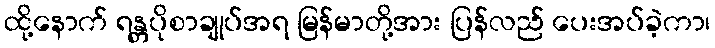
ထို့နောက် ရန္တပိုစာချုပ်အရ မြန်မာတို့အား ပြန်လည် ပေးအပ်ခဲ့ကာ၊